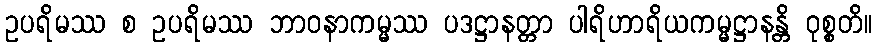
ဥပရိမဿ စ ဥပရိမဿ ဘာဝနာကမ္မဿ ပဒဋ္ဌာနတ္တာ ပါရိဟာရိယကမ္မဋ္ဌာနန္တိ ဝုစ္စတိ။